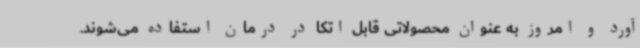
آورد و امروز به عنوان محصولاتی قابل اتکا در درمان استفاده می‌شوند.